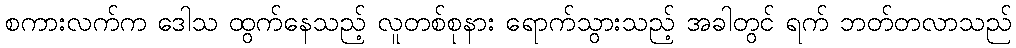
စကားလက်က ဒေါသ ထွက်နေသည့် လူတစ်စုနား ရောက်သွားသည့် အခါတွင် ရက် ဘတ်တလာသည်